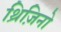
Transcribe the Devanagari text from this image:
थ्रिज़िनो